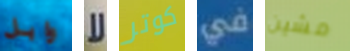
وابل لا كوتر في مشين